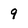
Character: 9